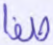
صفا